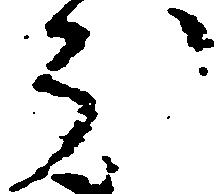
分